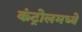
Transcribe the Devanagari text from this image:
कंट्रोलमध्ये